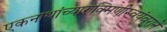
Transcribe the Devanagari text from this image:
एकनाथांच्यारुक्मिणीस्वयंवराने